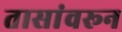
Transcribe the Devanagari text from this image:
तासांवरून